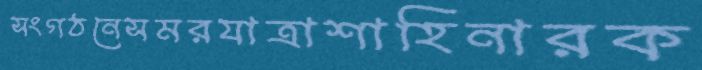
সংগঠনেসমরযাত্রাশাহিনারক